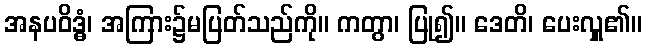
အနပဝိဒ္ဓံ၊ အကြား၌မပြတ်သည်ကို။ ကတွာ၊ ပြု၍။ ဒေတိ၊ ပေးလှူ၏။